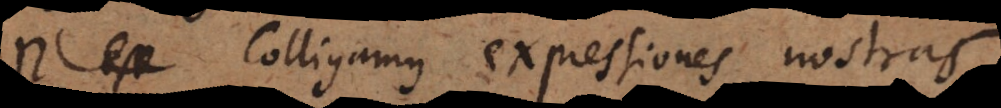
est Colligamus expressiones nostras